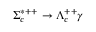
\Sigma _ { c } ^ { * + + } \to \Lambda _ { c } ^ { + + } \gamma